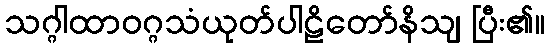
သဂ္ဂါထာဝဂ္ဂသံယုတ်ပါဠိတော်နိသျ ပြီး၏။